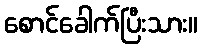
စောင်ခေါက်ပြီးသား။